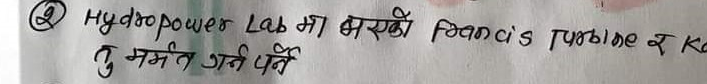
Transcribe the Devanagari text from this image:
Hydropower Las मा भएको Francis turbine र के तु समेत गर्न पर्ने